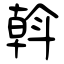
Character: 斡